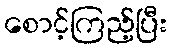
စောင့်ကြည့်ပြီး